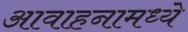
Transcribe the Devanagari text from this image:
आवाहनामध्ये